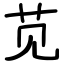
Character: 苋